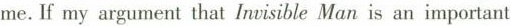
me.If my argument that Inrisible Man is an important